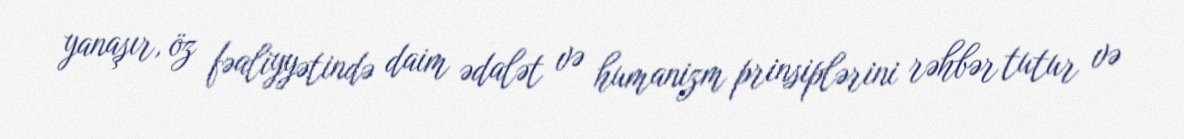
yanaşır, öz fəaliyyətində daim ədalət və humanizm prinsiplərini rəhbər tutur və